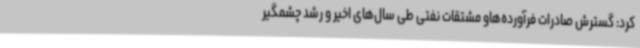
کرد: گسترش صادرات فرآورده‌هاو مشتقات نفتی طی سال‌های اخیر و رشد چشمگیر